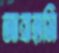
আব্রাহামি